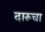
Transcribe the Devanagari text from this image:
दारूचा